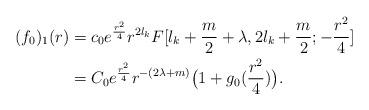
LaTeX: \begin{align*}(f_0)_1(r)&=c_0e^{\frac{r^2}{4}}r^{2l_k}F[ l_k + \frac{m}{2}+\lambda,2l_k + \frac{m}{2};-\frac{r^2}{4}]\\&=C_0e^{\frac{r^2}{4}}r^{-(2\lambda+m)}\big(1+g_0(\frac{r^2}{4})\big).\end{align*}